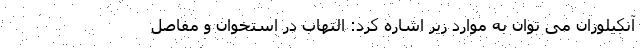
آنکیلوزان می توان به موارد زیر اشاره کرد: التهاب در استخوان و مفاصل